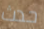
حدث